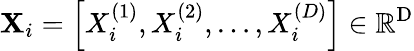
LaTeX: \mathbf{X}_{i}=\left[X_{i}^{(1)},X_{i}^{(2)},\ldots,X_{i}^{(D)}\right]\in\mathbb{R}^{\mathrm{D}}